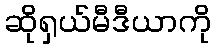
ဆိုရှယ်မီဒီယာကို